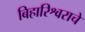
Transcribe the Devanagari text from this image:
बिहारिश्वराचे